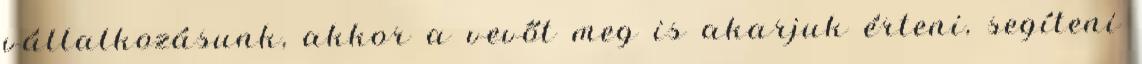
vállalkozásunk, akkor a vevőt meg is akarjuk érteni, segíteni